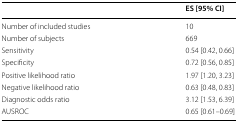
<table><thead><tr><td></td><td><b>ES [95% CI]</b></td></tr></thead><tbody><tr><td>Number of included studies</td><td>10</td></tr><tr><td>Number of subjects</td><td>669</td></tr><tr><td>Sensitivity</td><td>0.54 [0.42, 0.66]</td></tr><tr><td>Specificity</td><td>0.72 [0.56, 0.85]</td></tr><tr><td>Positive likelihood ratio</td><td>1.97 [1.20, 3.23]</td></tr><tr><td>Negative likelihood ratio</td><td>0.63 [0.48, 0.83]</td></tr><tr><td>Diagnostic odds ratio</td><td>3.12 [1.53, 6.39]</td></tr><tr><td>AUSROC</td><td>0.65 [0.61–0.69]</td></tr></tbody></table>